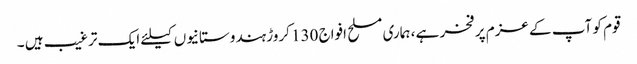
قوم کو آپ کے عزم پر فخر ہے ، ہماری مسلح افواج 130 کروڑ ہندوستانیوں کیلئے ایک ترغیب ہیں ۔